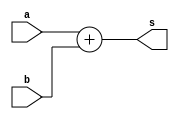
`timescale 10ms / 1ms

module adder8(s,a,b);

input [31:0] a,b;

output [32:0] s;


assign s = a+b;

endmodule